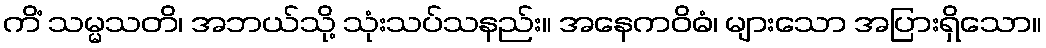
ကိံ သမ္မသတိ၊ အဘယ်သို့ သုံးသပ်သနည်း။ အနေကဝိဓံ၊ များသော အပြားရှိသော။